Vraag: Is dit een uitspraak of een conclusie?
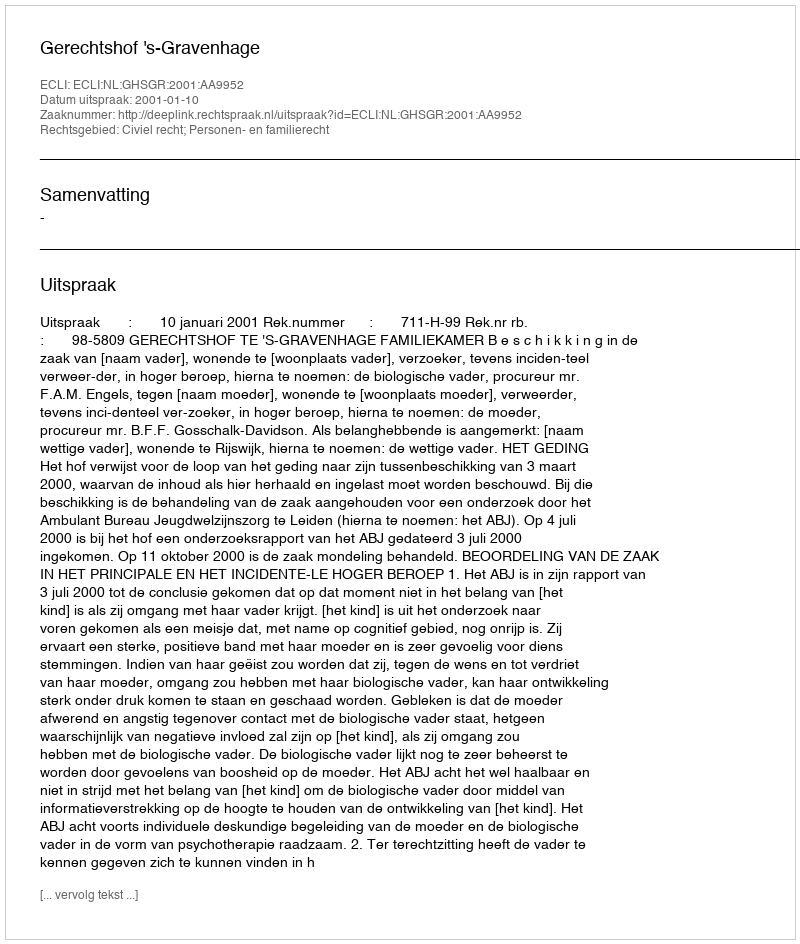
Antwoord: Uitspraak